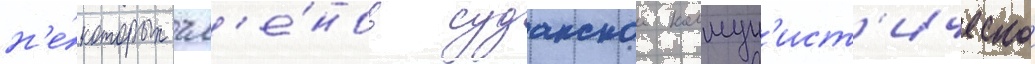
н'е́которых чл'е́нов суданскои коммун'ист'ическои